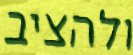
ולהציב